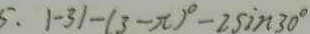
5 . 1 - 3 1 - ( 3 - \pi ) ^ { \circ } - 2 \sin 3 0 ^ { \circ }